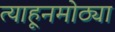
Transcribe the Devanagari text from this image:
त्याहूनमोठ्या